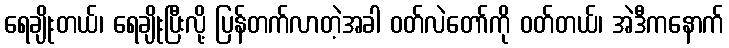
ရေချိုးတယ်၊ ရေချိုးပြီးလို့ ပြန်တက်လာတဲ့အခါ ဝတ်လဲတော်ကို ဝတ်တယ်၊ အဲဒီကနောက်